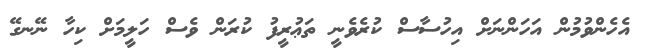
އެހެންވުމުން އަހަންނަށް އިހުސާސް ކުރެވެނީ ތަޢުރީފު ކުރަން ވެސް ހަލީމަށް ކިހާ ނޭނގޭ